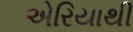
એરિયાથી